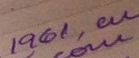
1961